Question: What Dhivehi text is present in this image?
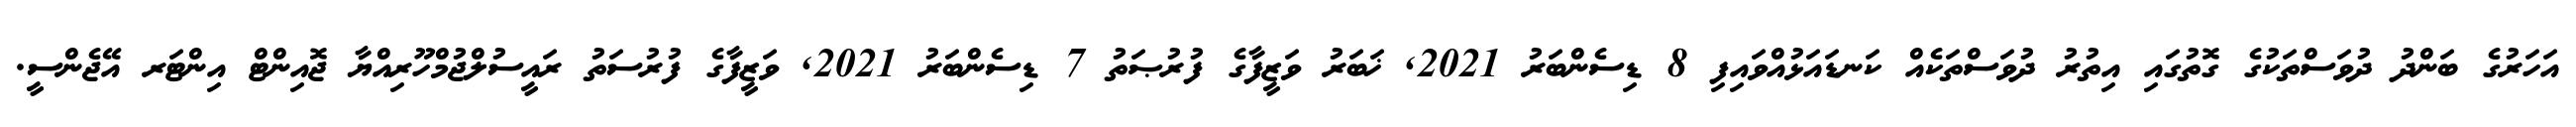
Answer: އަހަރުގެ ބަންދު ދުވަސްތަކުގެ ގޮތުގައި އިތުރު ދުވަސްތަކެއް ކަނޑައަޅުއްވައިފި 8 ޑިސެންބަރު 2021, ޚަބަރު ވަޒީފާގެ ފުރުޞަތު 7 ޑިސެންބަރު 2021, ވަޒީފާގެ ފުރުސަތު ރައީސުލްޖުމްހޫރިއްޔާ ޖޮއިންޓް އިންޓަރ އޭޖެންސީ.